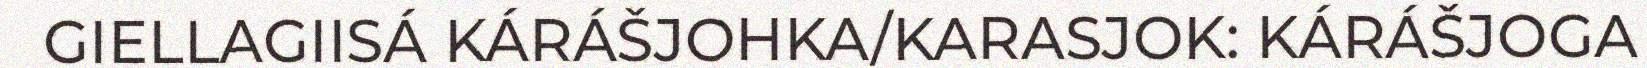
GIELLAGIISÁ KÁRÁŠJOHKA/KARASJOK: KÁRÁŠJOGA